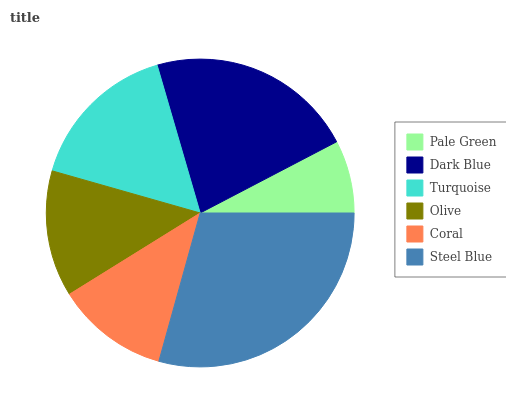
| Pale Green | Dark Blue | Turquoise | Olive | Coral | Steel Blue |
 | --- | --- | --- | --- | --- | --- |
 | 7.66% | 21.8% | 16.1% | 13.3% | 11.8% | 29.3% |